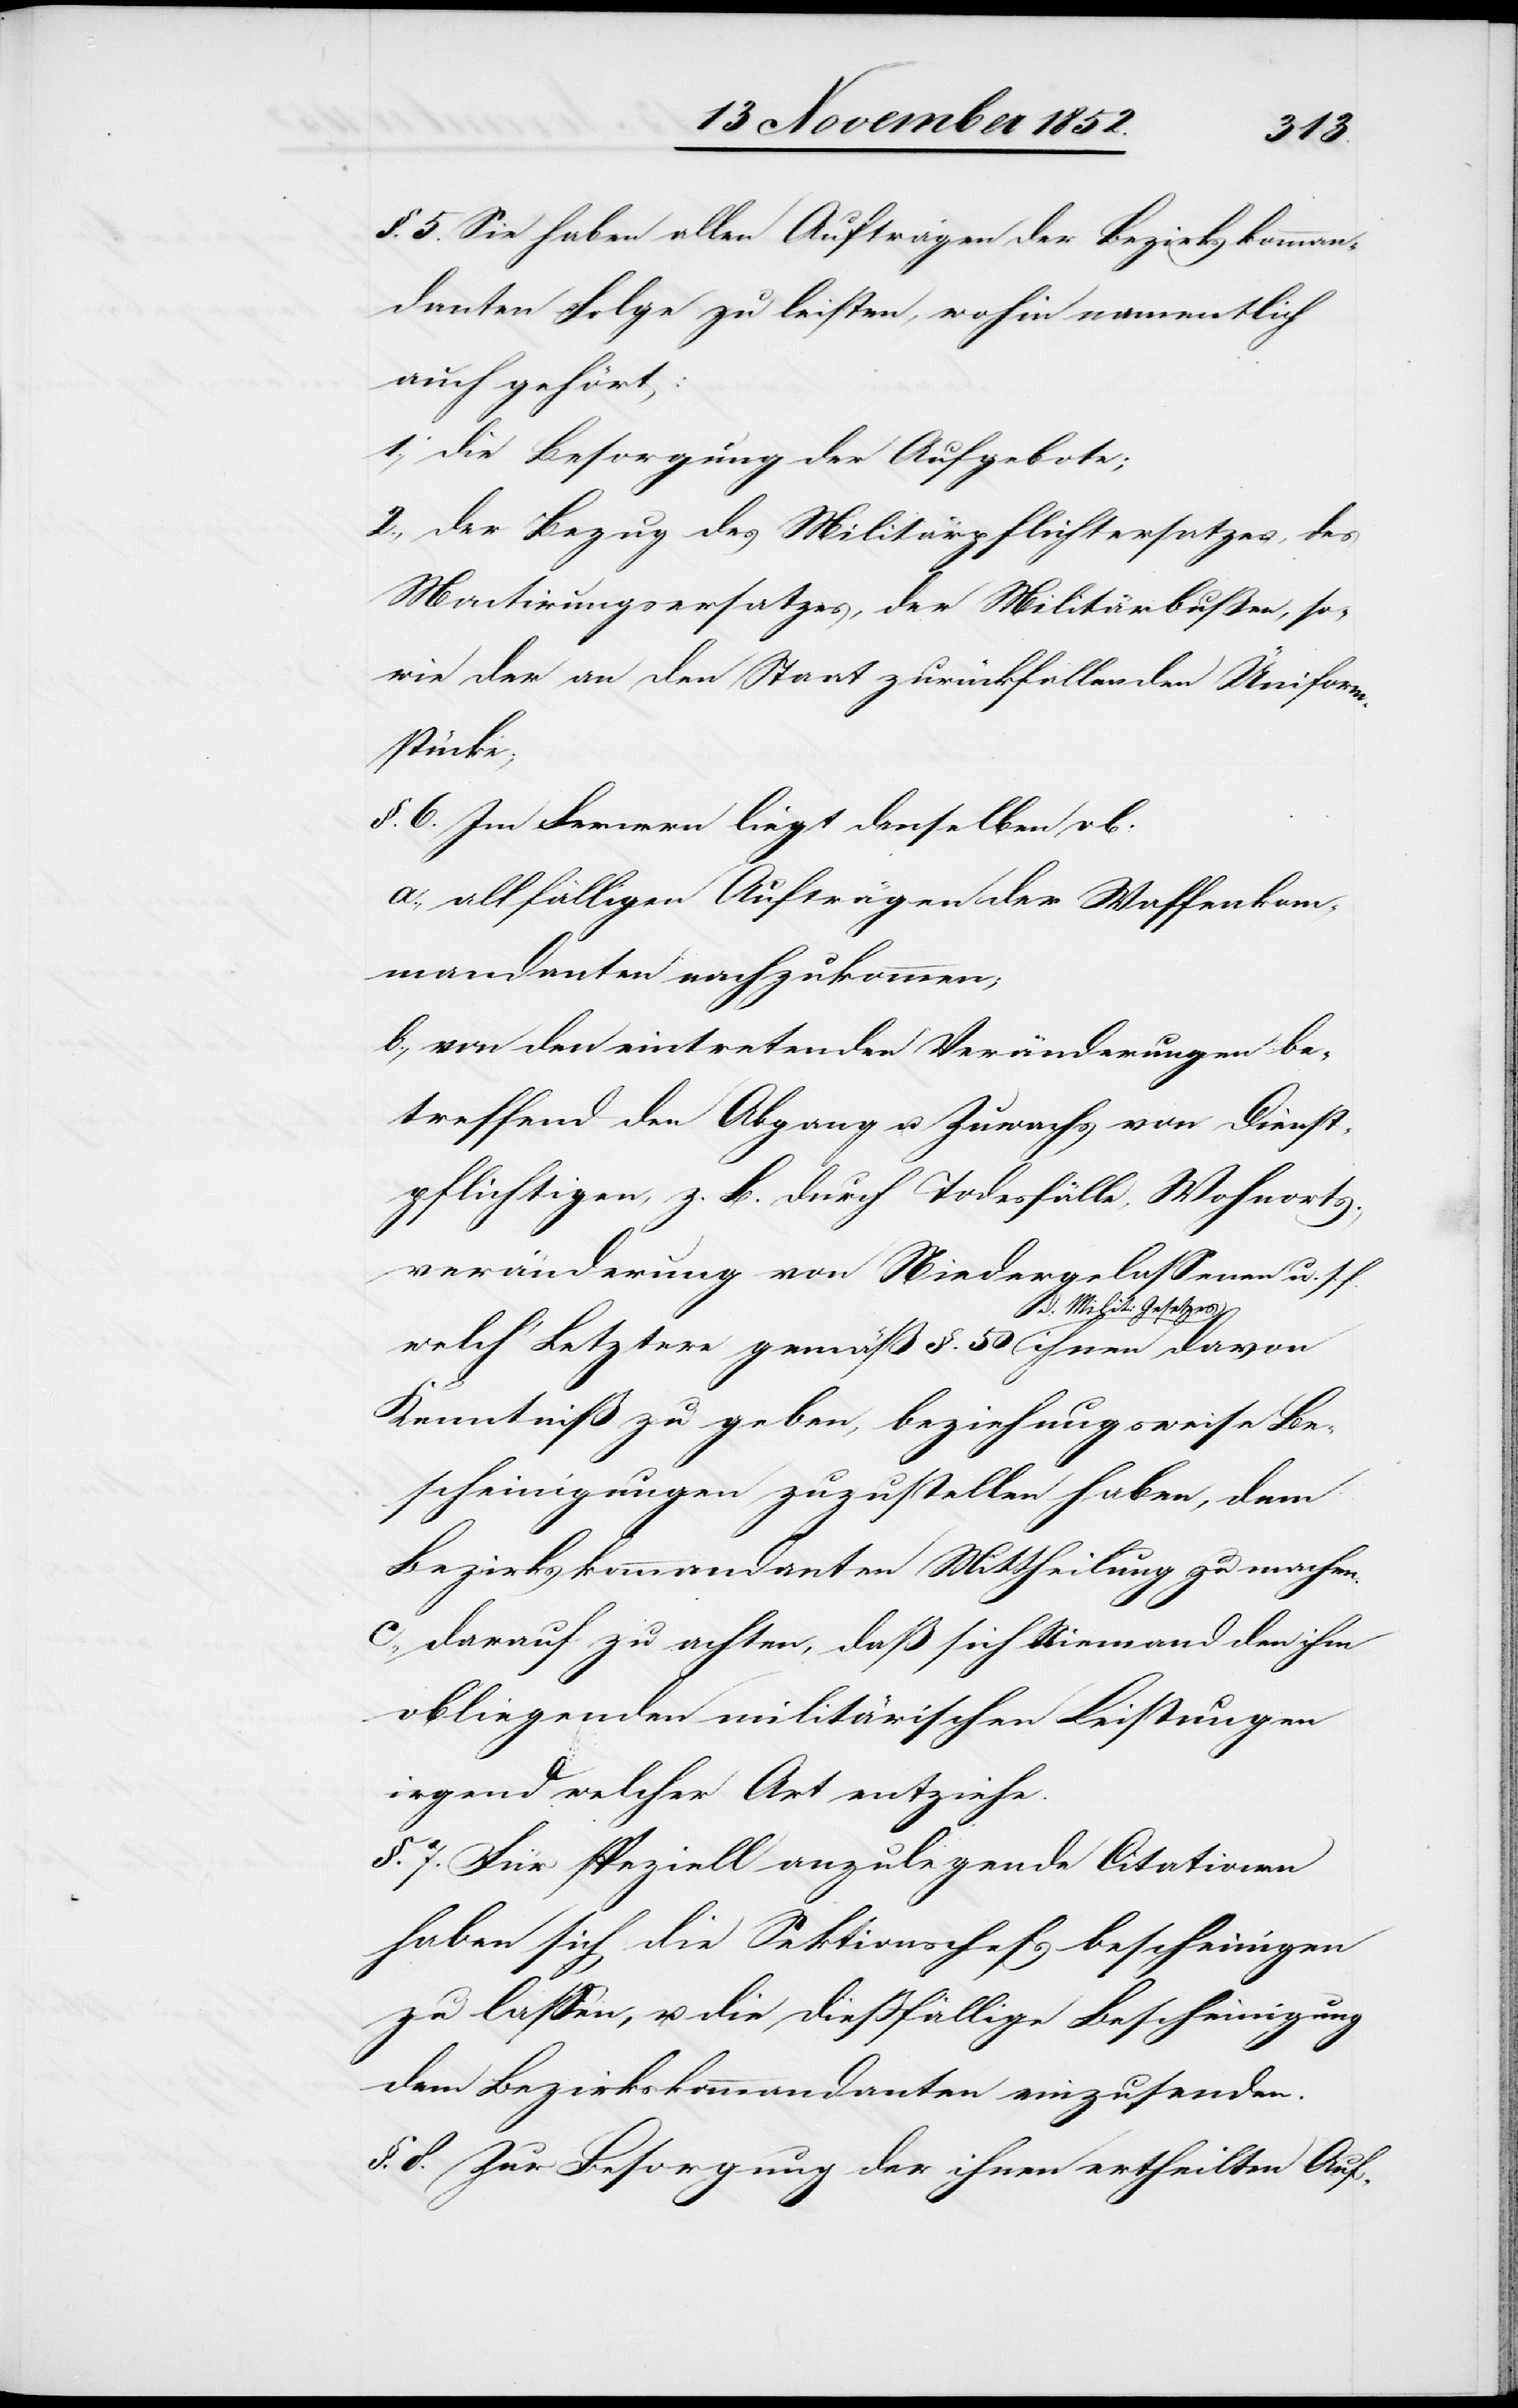
§. 5. Sie haben allen Aufträgen der Bezirkskomman¬
danten Folge zu leisten, wohin namentlich
auch gehört:
die Besorgung der Aufgebote;
der Bezug des Militärpflichtersatzes, des
Montirungsersatzes, der Militärbußen, so¬
wie der an den Staat zurückfallenden Üniform¬
stücke;
§. 6. Im Fernern liegt denselben ob:
allfälligen Aufträgen der Waffenkom¬
mandanten nachzukommen;
von den eintretenden Veränderungen be¬
treffend den Abgang u. Zuwachs von Dienst¬
pflichtigen, z. B. durch Todesfälle, Wohnorts¬
veränderung von Niedergelassenen u. s. f.
welch‘ Letztere gemäß §. 50 d:
Kenntniß zu geben, beziehungsweise Be¬
scheinigungen zuzustellen haben, dem
Bezirkskommandanten Mittheilung zu machen.
darauf zu achten, daß sich Niemand den ihm
obliegenden militärischen Leistungen
irgend welcher Art entziehe.
§. 7. Für speziell anzulegende Citationen
haben sich die Sektionschefs bescheinigen
zu lassen, u. die dießfällige Bescheinigung
dem Bezirkskommandanten einzusenden.
§. 8. Zur Besorgung der ihnen ertheilten Auf-